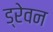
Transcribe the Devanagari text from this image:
ड्रेवन